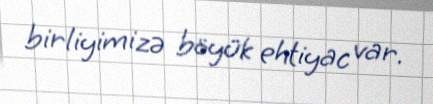
birliyimizə böyük ehtiyac var.